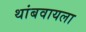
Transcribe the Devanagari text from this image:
थांबवायला